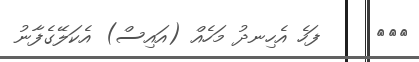
١٤٢     ފަހެ އެހިނދު މަހެއް (އައިސް) އެކަލޭގެފާނު